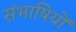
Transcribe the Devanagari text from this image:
संभाषियों